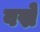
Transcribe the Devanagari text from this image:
वस्रे